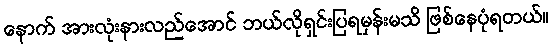
နောက် အားလုံးနားလည်အောင် ဘယ်လိုရှင်းပြရမှန်းမသိ ဖြစ်နေပုံရတယ်။